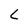
Character: C